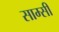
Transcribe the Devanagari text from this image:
साम्सी